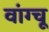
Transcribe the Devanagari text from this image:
वांग्चू